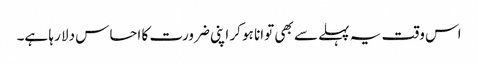
اس وقت یہ پہلے سے بھی توانا ہو کر اپنی ضرورت کا احساس دلا رہا ہے۔